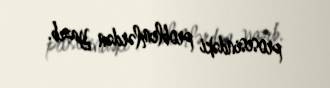
prosesindəki problemlərdən yazıb.